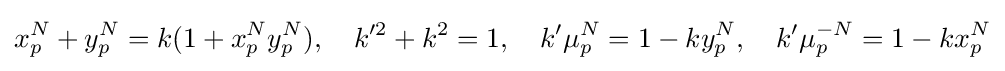
x_{p}^{N}+y_{p}^{N}=k(1+x_{p}^{N}y_{p}^{N}),\quad k'^{2}+k^{2}=1,\quad k'\mu _{p}^{N}=1-ky_{p}^{N},\quad k'\mu _{p}^{-N}=1-kx_{p}^{N}